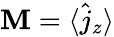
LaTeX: \mathbf{M}=\langle\hat{{j}}_{z}\rangle